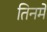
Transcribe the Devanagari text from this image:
तिनमे